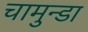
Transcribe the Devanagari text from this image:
चामुन्डा